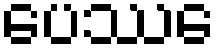
ပေဿေ